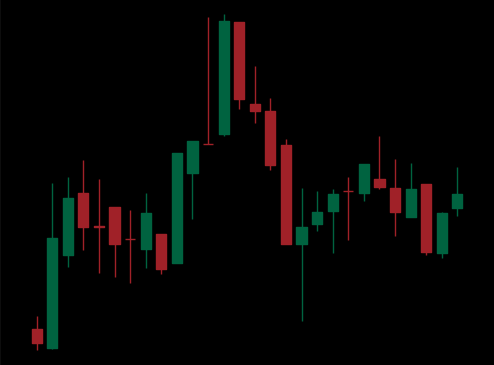
Pattern: head_shoulders